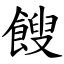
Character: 餿